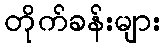
တိုက်ခန်းများ